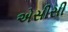
એસીસી